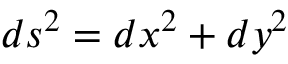
d s ^ { 2 } = d x ^ { 2 } + d y ^ { 2 }